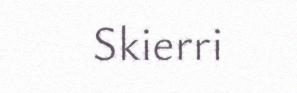
Skierri